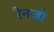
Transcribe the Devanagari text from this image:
रैनजो